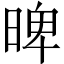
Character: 𣈢